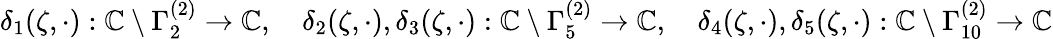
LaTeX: \begin{array}{r}{\delta_{1}(\zeta,\cdot):\mathbb{C}\setminus\Gamma_{2}^{(2)}\to\mathbb{C},\quad\delta_{2}(\zeta,\cdot),\delta_{3}(\zeta,\cdot):\mathbb{C}\setminus\Gamma_{5}^{(2)}\to\mathbb{C},\quad\delta_{4}(\zeta,\cdot),\delta_{5}(\zeta,\cdot):\mathbb{C}\setminus\Gamma_{10}^{(2)}\to\mathbb{C}}\end{array}